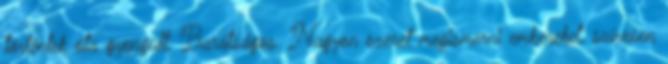
történtek óta gyengült. Barátságos. Nagyon szeret megismerni embereket, szívesen